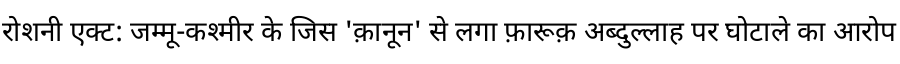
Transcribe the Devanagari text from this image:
रोशनी एक्ट: जम्मू-कश्मीर के जिस 'क़ानून' से लगा फ़ारूक़ अब्दुल्लाह पर घोटाले का आरोप